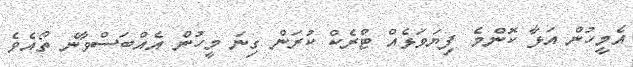
އެމީހުން އަޅާ ކޮންމެ ފިޔަވަޅެއް ޓްރެކް ކުރަން ގިނަ މީހުން އެއްބަސްވާނެ ތޯއެވެ